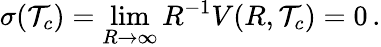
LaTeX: \sigma(\mathcal{T}_{c})=\operatorname*{lim}_{R\to\infty}R^{-1}V(R,\mathcal{T}_{c})=0\, {.}